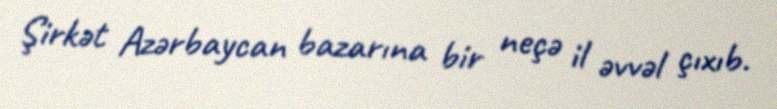
Şirkət Azərbaycan bazarına bir neçə il əvvəl çıxıb.